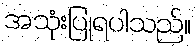
အသုံးပြုရပါသည်။